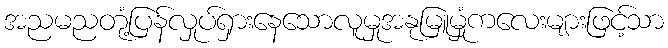
အညမညတုံ့ပြန်လှုပ်ရှားနေသောလူမှုအနုမြူမှုံကလေးများဖြင့်သာ